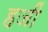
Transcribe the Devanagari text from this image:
हजीं